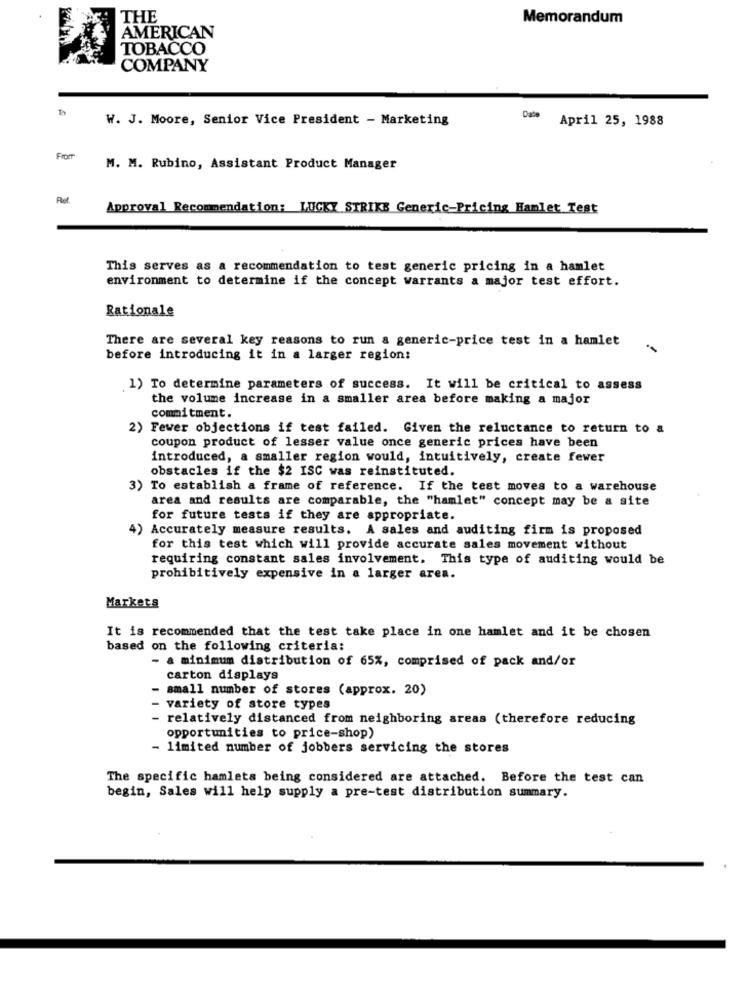
THE
Memorandum
AMERICAN
TOBACCO
COMPANY
W. J. Moore, Senior Vice President - Marketing
Data
April 25, 1988
From
M. M. Rubino, Assistant Product Manager
Approval Recommendation: LUCKY STRIKE Generic-Pricing Hamlet Test
This serves as a recommendation to test generic pricing in a hamlet
environment to determine if the concept warrants a major test effort.
Rationale
There are several key reasons to run a generic-price test in a hamlet
before introducing it in a larger region:
1) To determine parameters of success. It will be critical to assess
the volume increase in a smaller area before making a major
commitment.
2) Fewer objections if test failed. Given the reluctance to return to a
coupon product of lesser value once generic prices have been
introduced, a smaller region would, intuitively, create fewer
obstacles if the $2 ISC was reinstituted.
3) To establish a frame of reference. If the test moves to a warehouse
area and results are comparable, the "hamlet" concept may be a site
for future tests if they are appropriate.
) Accurately measure results. A sales and auditing firm is proposed
for this test which will provide accurate sales movement without
requiring constant sales involvement. This type of auditing would be
prohibitively expensive in a larger area.
Markets
It is recommended that the test take place in one hamlet and it be chosen
based on the following criteria:
- a minimum distribution of 65%, comprised of pack and/or
carton displays
- small number of stores (approx. 20)
variety of store types
relatively distanced from neighboring areas (therefore reducing
opportunities to price-shop)
- limited number of jobbers servicing the stores
The specific hamlets being considered are attached. Before the test can
begin, Sales will help supply a pre-test distribution summary.